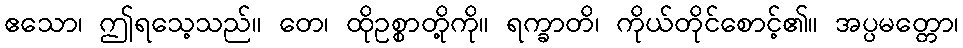
ဧသော၊ ဤရသေ့သည်။ တေ၊ ထိုဥစ္စာတို့ကို။ ရက္ခာတိ၊ ကိုယ်တိုင်စောင့်၏။ အပ္ပမတ္တော၊